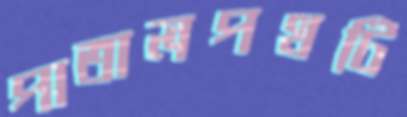
পাতালপথটি